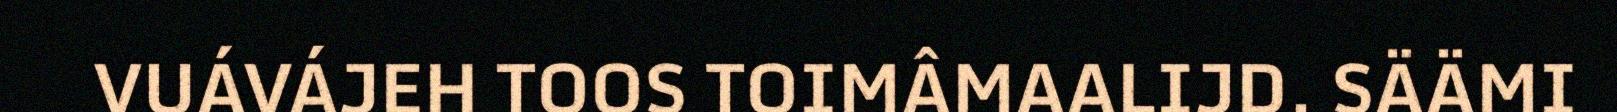
VUÁVÁJEH TOOS TOIMÂMAALIJD. SÄÄMI